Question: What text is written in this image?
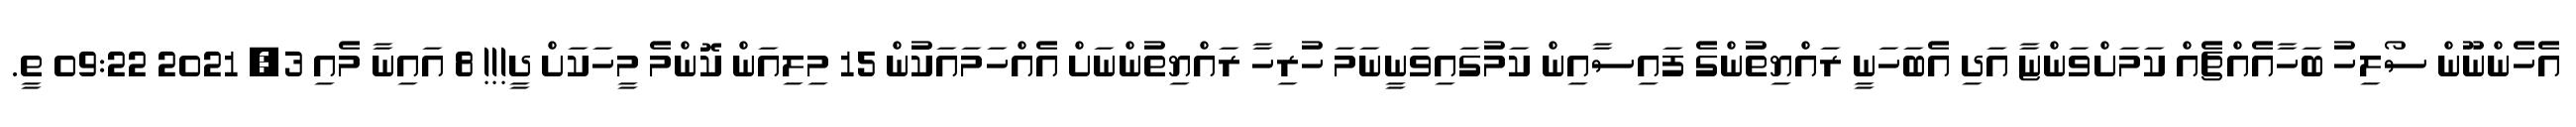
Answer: އެހެންނޫން ސޯލިހު ބަހާއެއްޗެއް ކަމަށްވަންޏާ އަދި އެބަހަނީ ރައްޔިތުންގެ ފައިސާއިން ކަމުގައިވަނީނަމަ ހުރިހާ ރައްޔިތުންނަށް އެއްހަމައަކަުން 15 މިލިއަން ކޮންމެ މީހަކަށް ދީ!!! 8 އައިނާ މެއި 3, 2021 09:22 ތީ.